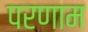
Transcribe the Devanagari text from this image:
परणाम